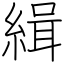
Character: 緝